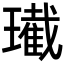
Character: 𤪚